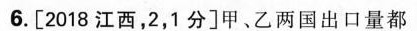
6.[2018江西，2，1分]甲、乙两国出口量都